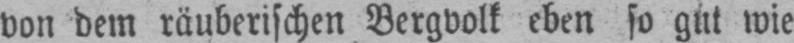
von dem räuberischen Bergvolt eben so gut wie